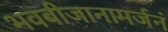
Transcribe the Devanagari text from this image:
भवबीजानामर्जनं